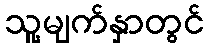
သူ့မျက်နှာတွင်